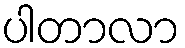
ပါတာလာ